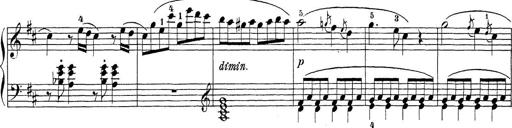
Title: Sonatina Album
Composer: Louis KÃ¶hler